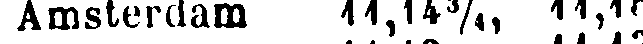
Amsterdam 11,14¾, 11,13